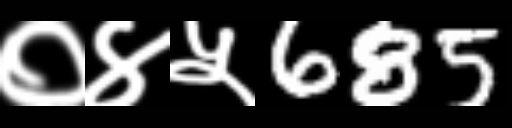
Text: ०४५685